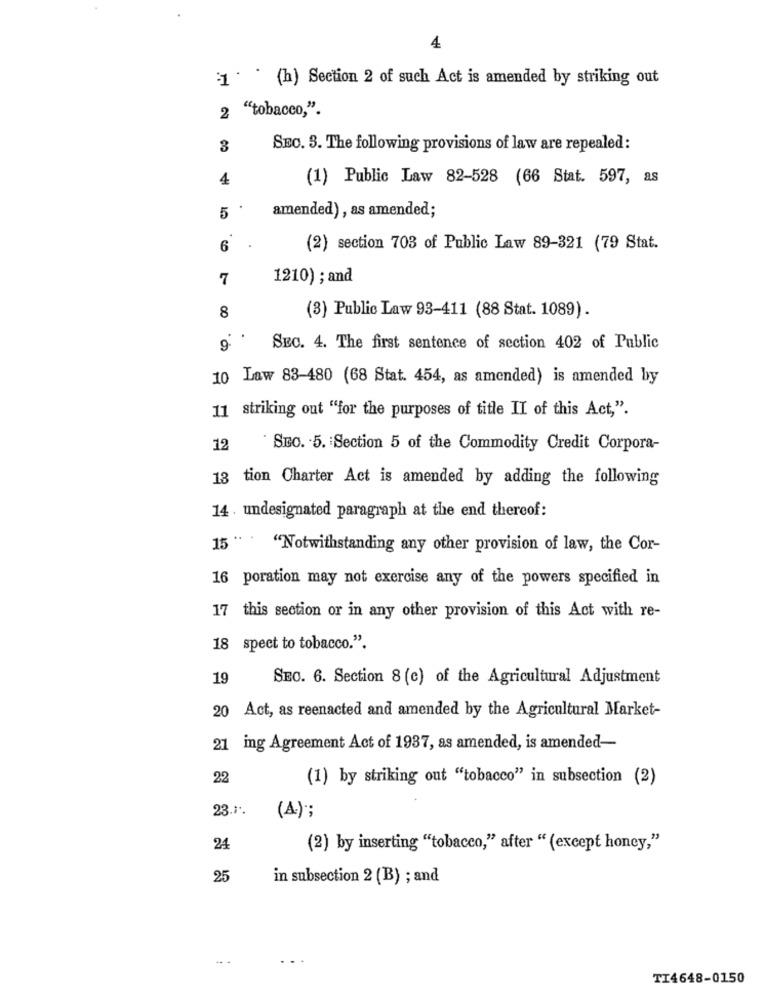
4
1 * * (h) Section 2 of such Act is amended by striking out
2 "tobacco,".
3
SEC. 3. The following provisions of law are repealed:
4
(1) Public Law 82-528 (66 Stat. 597, as
5
amended), as amended;
6
(2) section 703 of Public Law 89-321 (79 Stat.
7
1210) ; and
8
(3) Public Law 93-411 (88 Stat. 1089).
. . 6
SEC. 4. The first sentence of section 402 of Public
10 Law 83-480 (68 Stat. 454, as amended) is amended by
11 striking out "for the purposes of title II of this Act,".
12
SEC. - 5. Section 5 of the Commodity Credit Corpora-
13 tion Charter Act is amended by adding the following
14 . undesignated paragraph at the end thereof:
15"
"Notwithstanding any other provision of law, the Cor-
16 poration may not exercise any of the powers specified in
17 this section or in any other provision of this Act with re-
18 spect to tobacco.".
19
SEO. 6. Section 8 (c) of the Agricultural Adjustment
20 Act, as reenacted and amended by the Agricultural Market-
21 ing Agreement Act of 1937, as amended, is amended-
22
(1) by striking out "tobacco" in subsection (2)
23.1.
(A);
24
(2) by inserting "tobacco," after " (except honey,"
25
in subsection 2 (B) ; and
TI4648-0150